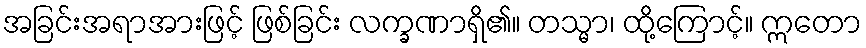
အခြင်းအရာအားဖြင့် ဖြစ်ခြင်း လက္ခဏာရှိ၏။ တသ္မာ၊ ထို့ကြောင့်။ ဣတော